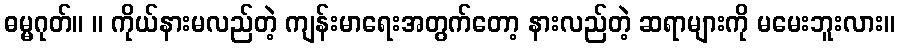
ဓမ္မဂုတ်။ ။ ကိုယ်နားမလည်တဲ့ ကျန်းမာရေးအတွက်တော့ နားလည်တဲ့ ဆရာများကို မမေးဘူးလား။